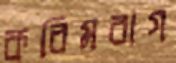
করিমবাগ